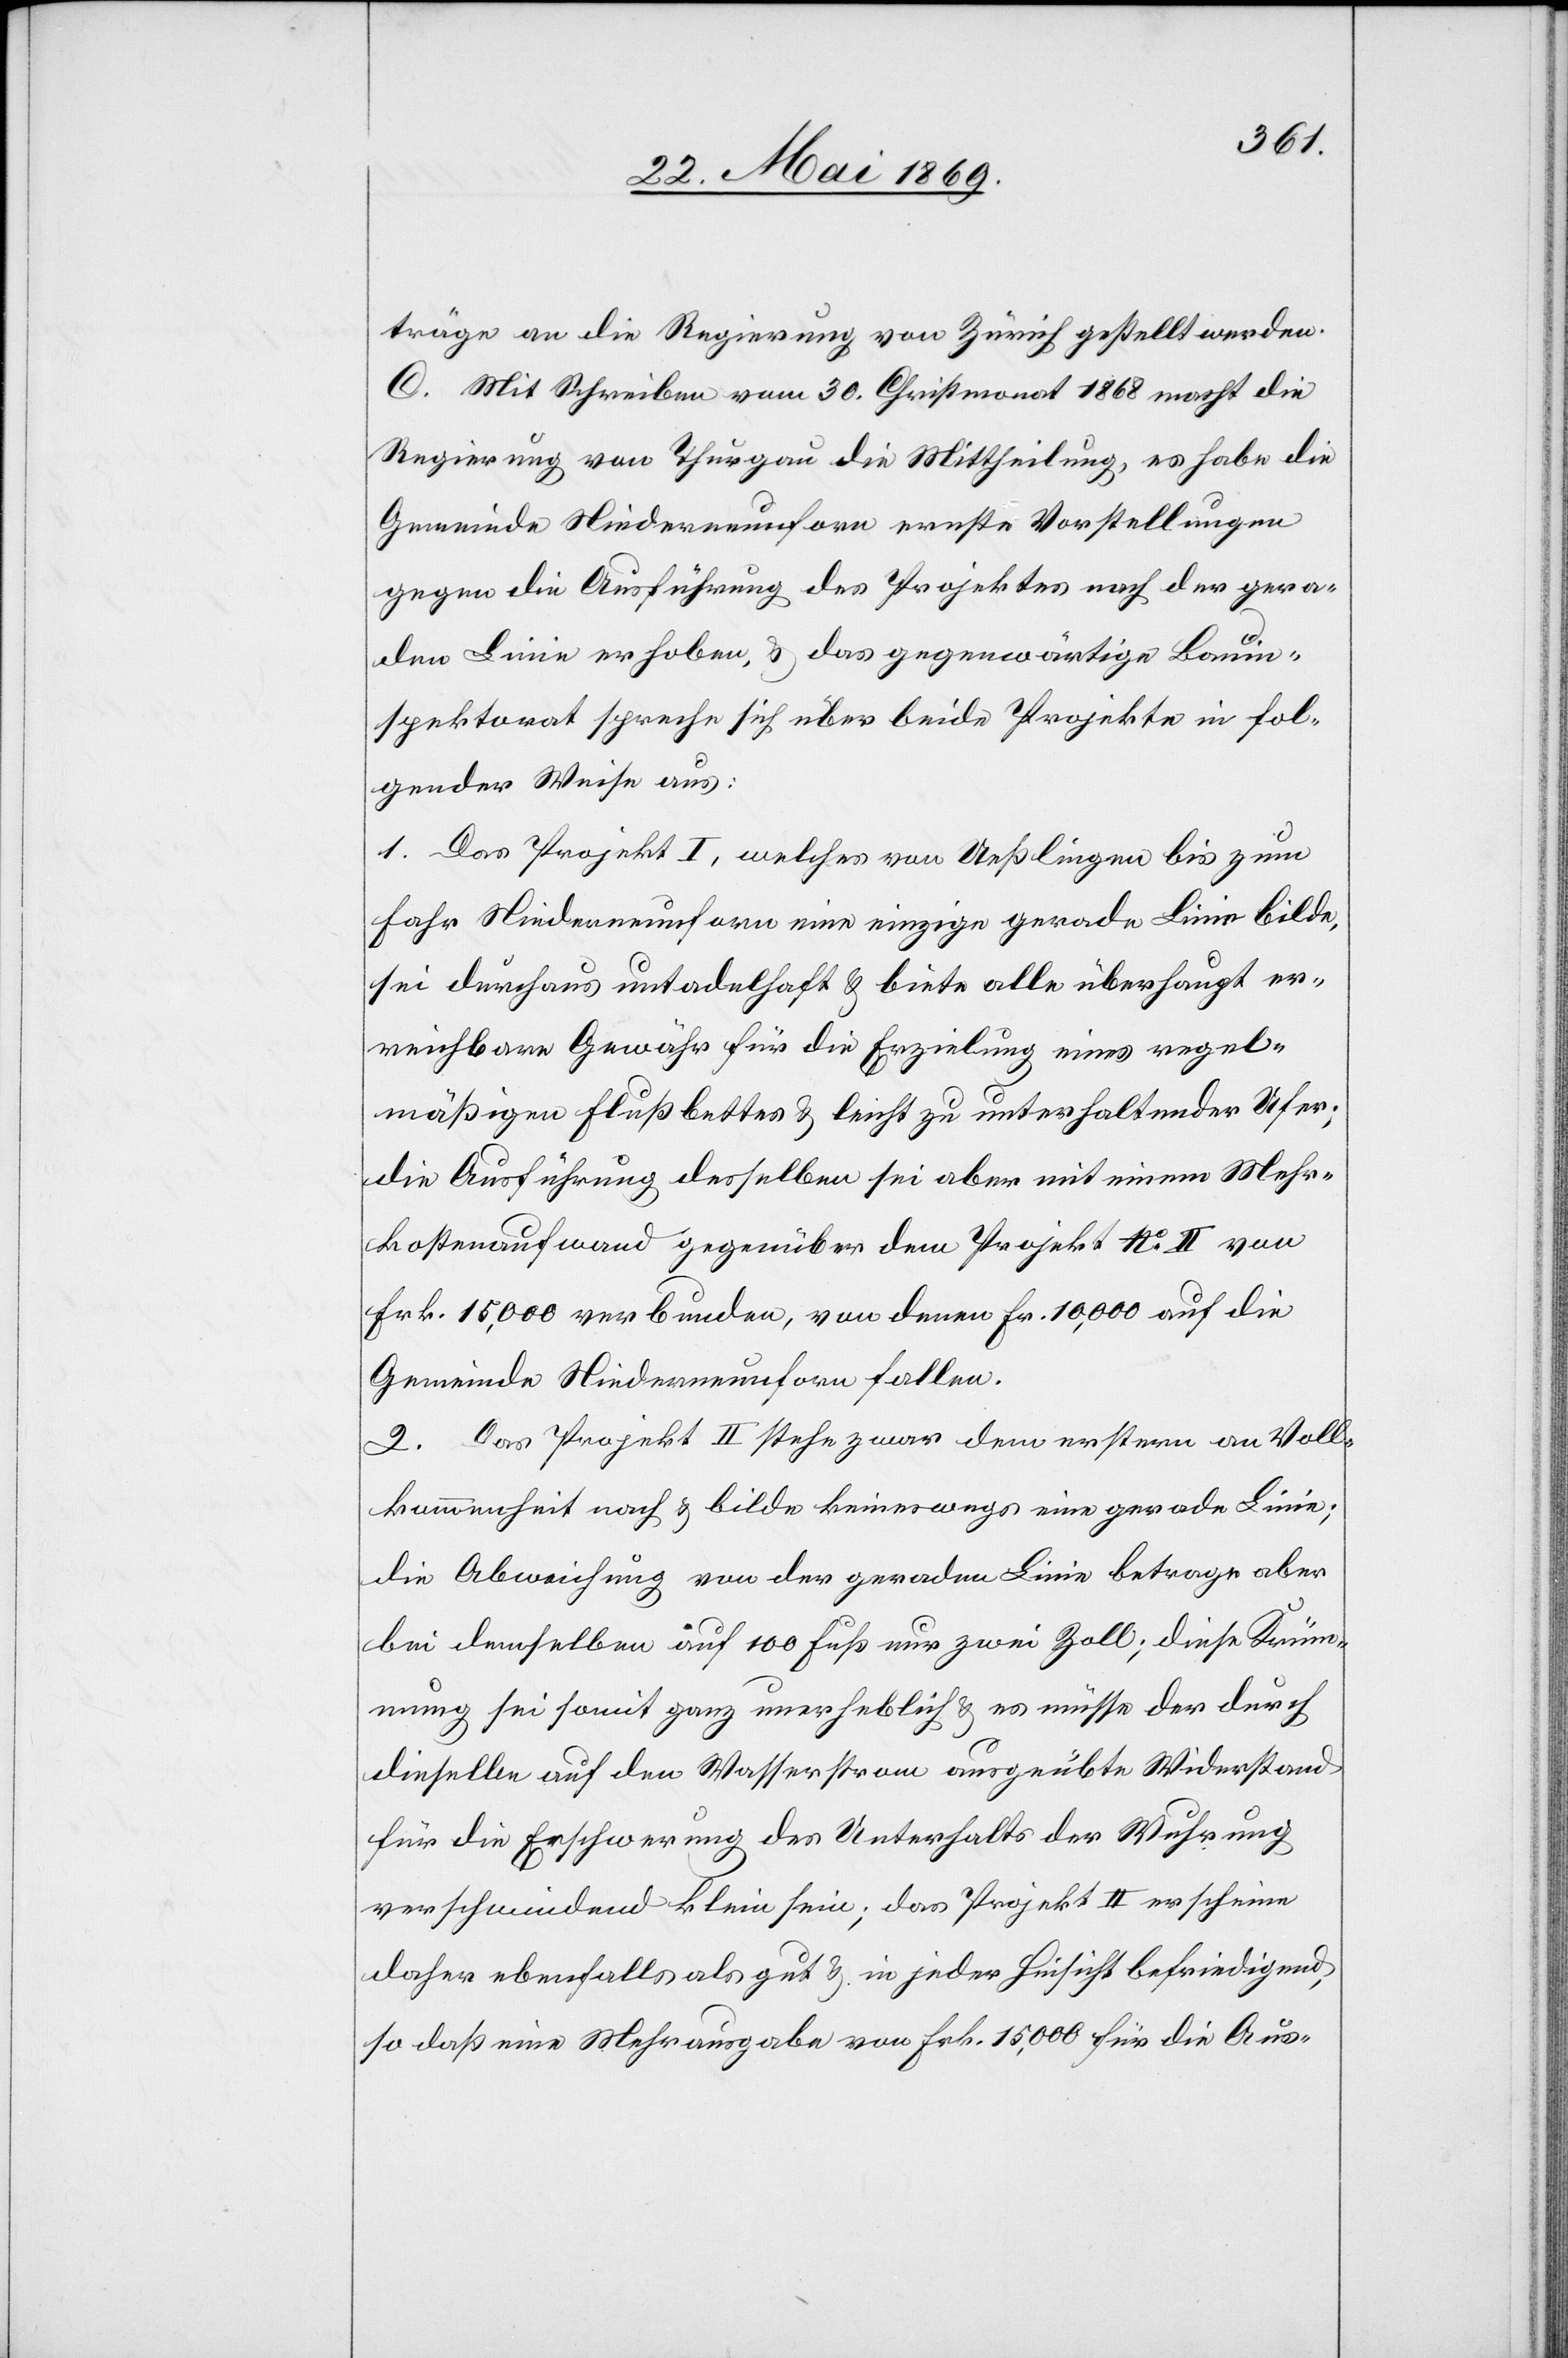
träge an die Regierung von Zürich gestellt werden.
C. Mit Schreiben vom 30. Christmonat 1868 macht die
Regierung von Thurgau die Mittheilung, es habe die
Gemeinde Niederneunforn ernste Vorstellungen
gegen die Ausführung des Projektes nach der gera¬
den Linie erhoben, u. das gegenwärtige Bauin¬
spektorat spreche sich über beide Projekte in fol¬
gender Weise aus:
1. Das Projekt I, welches von Ueßlingen bis zum
Fahr Niederneunforn eine einzige gerade Linie bilde,
sei durchaus untadelhaft u. biete alle überhaupt er¬
reichbare Gewähr für die Erzielung eines regel¬
mäßigen Flußbettes u. leicht zu unterhaltenden Ufer;
die Ausführung desselben sei aber mit einem Mehr¬
kostenaufwand gegenüber dem Projekt No II von
Frk. 15,000 verbunden, von denen Fr. 10,000 auf die
Gemeinde Niederneunforn fallen.
2. Das Projekt II stehe zwar dem erstern an Voll¬
kommenheit nach u. bilde keineswegs eine gerade Linie;
die Abweichung von der geraden Linie betrage aber
bei demselben auf 100 Fuß nur zwei Zoll; diese Krüm¬
mung sei somit ganz unerheblich u. es müsse der durch
dieselbe auf den Wasserstrom ausgeübte Widerstand
für die Erschwerung des Unterhalts der Wuhrung
verschwindend klein sein; das Projekt II erscheine
daher ebenfalls als gut u. in jeder Hinsicht befriedigend,
so daß eine Mehrausgabe von Frk. 15,000 für die Aus-